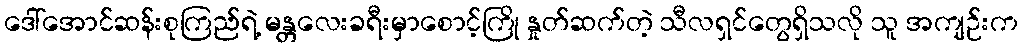
ဒေါ်အောင်ဆန်းစုကြည်ရဲ့ မန္တလေးခရီးမှာစောင့်ကြို နှုတ်ဆက်တဲ့ သီလရှင်တွေရှိသလို သူ အကျဉ်းက